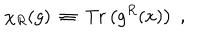
LaTeX: \chi _ { R } ( g ) ~ \equiv ~ \mathrm { T r } \left( g ^ { R } ( x ) \right) \; ,